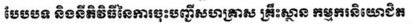
បែបបទ និងនីតិវិធីនៃការចុះបញ្ជីសហគ្រាស គ្រឹះស្ថាន កម្មករនិយោជិត